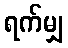
ရက်မျှ